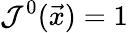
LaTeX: \mathcal{J}^{0}(\vec{x})=1